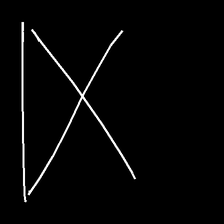
Glyph: collection